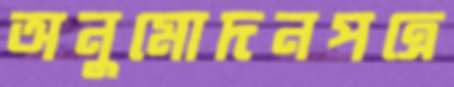
অনুমোদনপত্রে